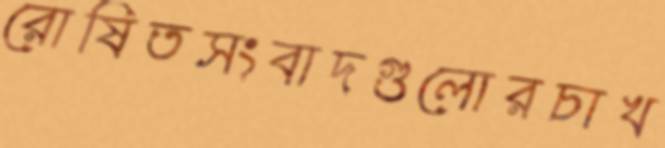
রোষিতসংবাদগুলোরচাখ